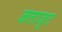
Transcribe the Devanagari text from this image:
जताजूट